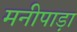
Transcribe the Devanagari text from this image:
मनीपाड़ा